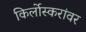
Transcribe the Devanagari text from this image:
किर्लोस्करांवर